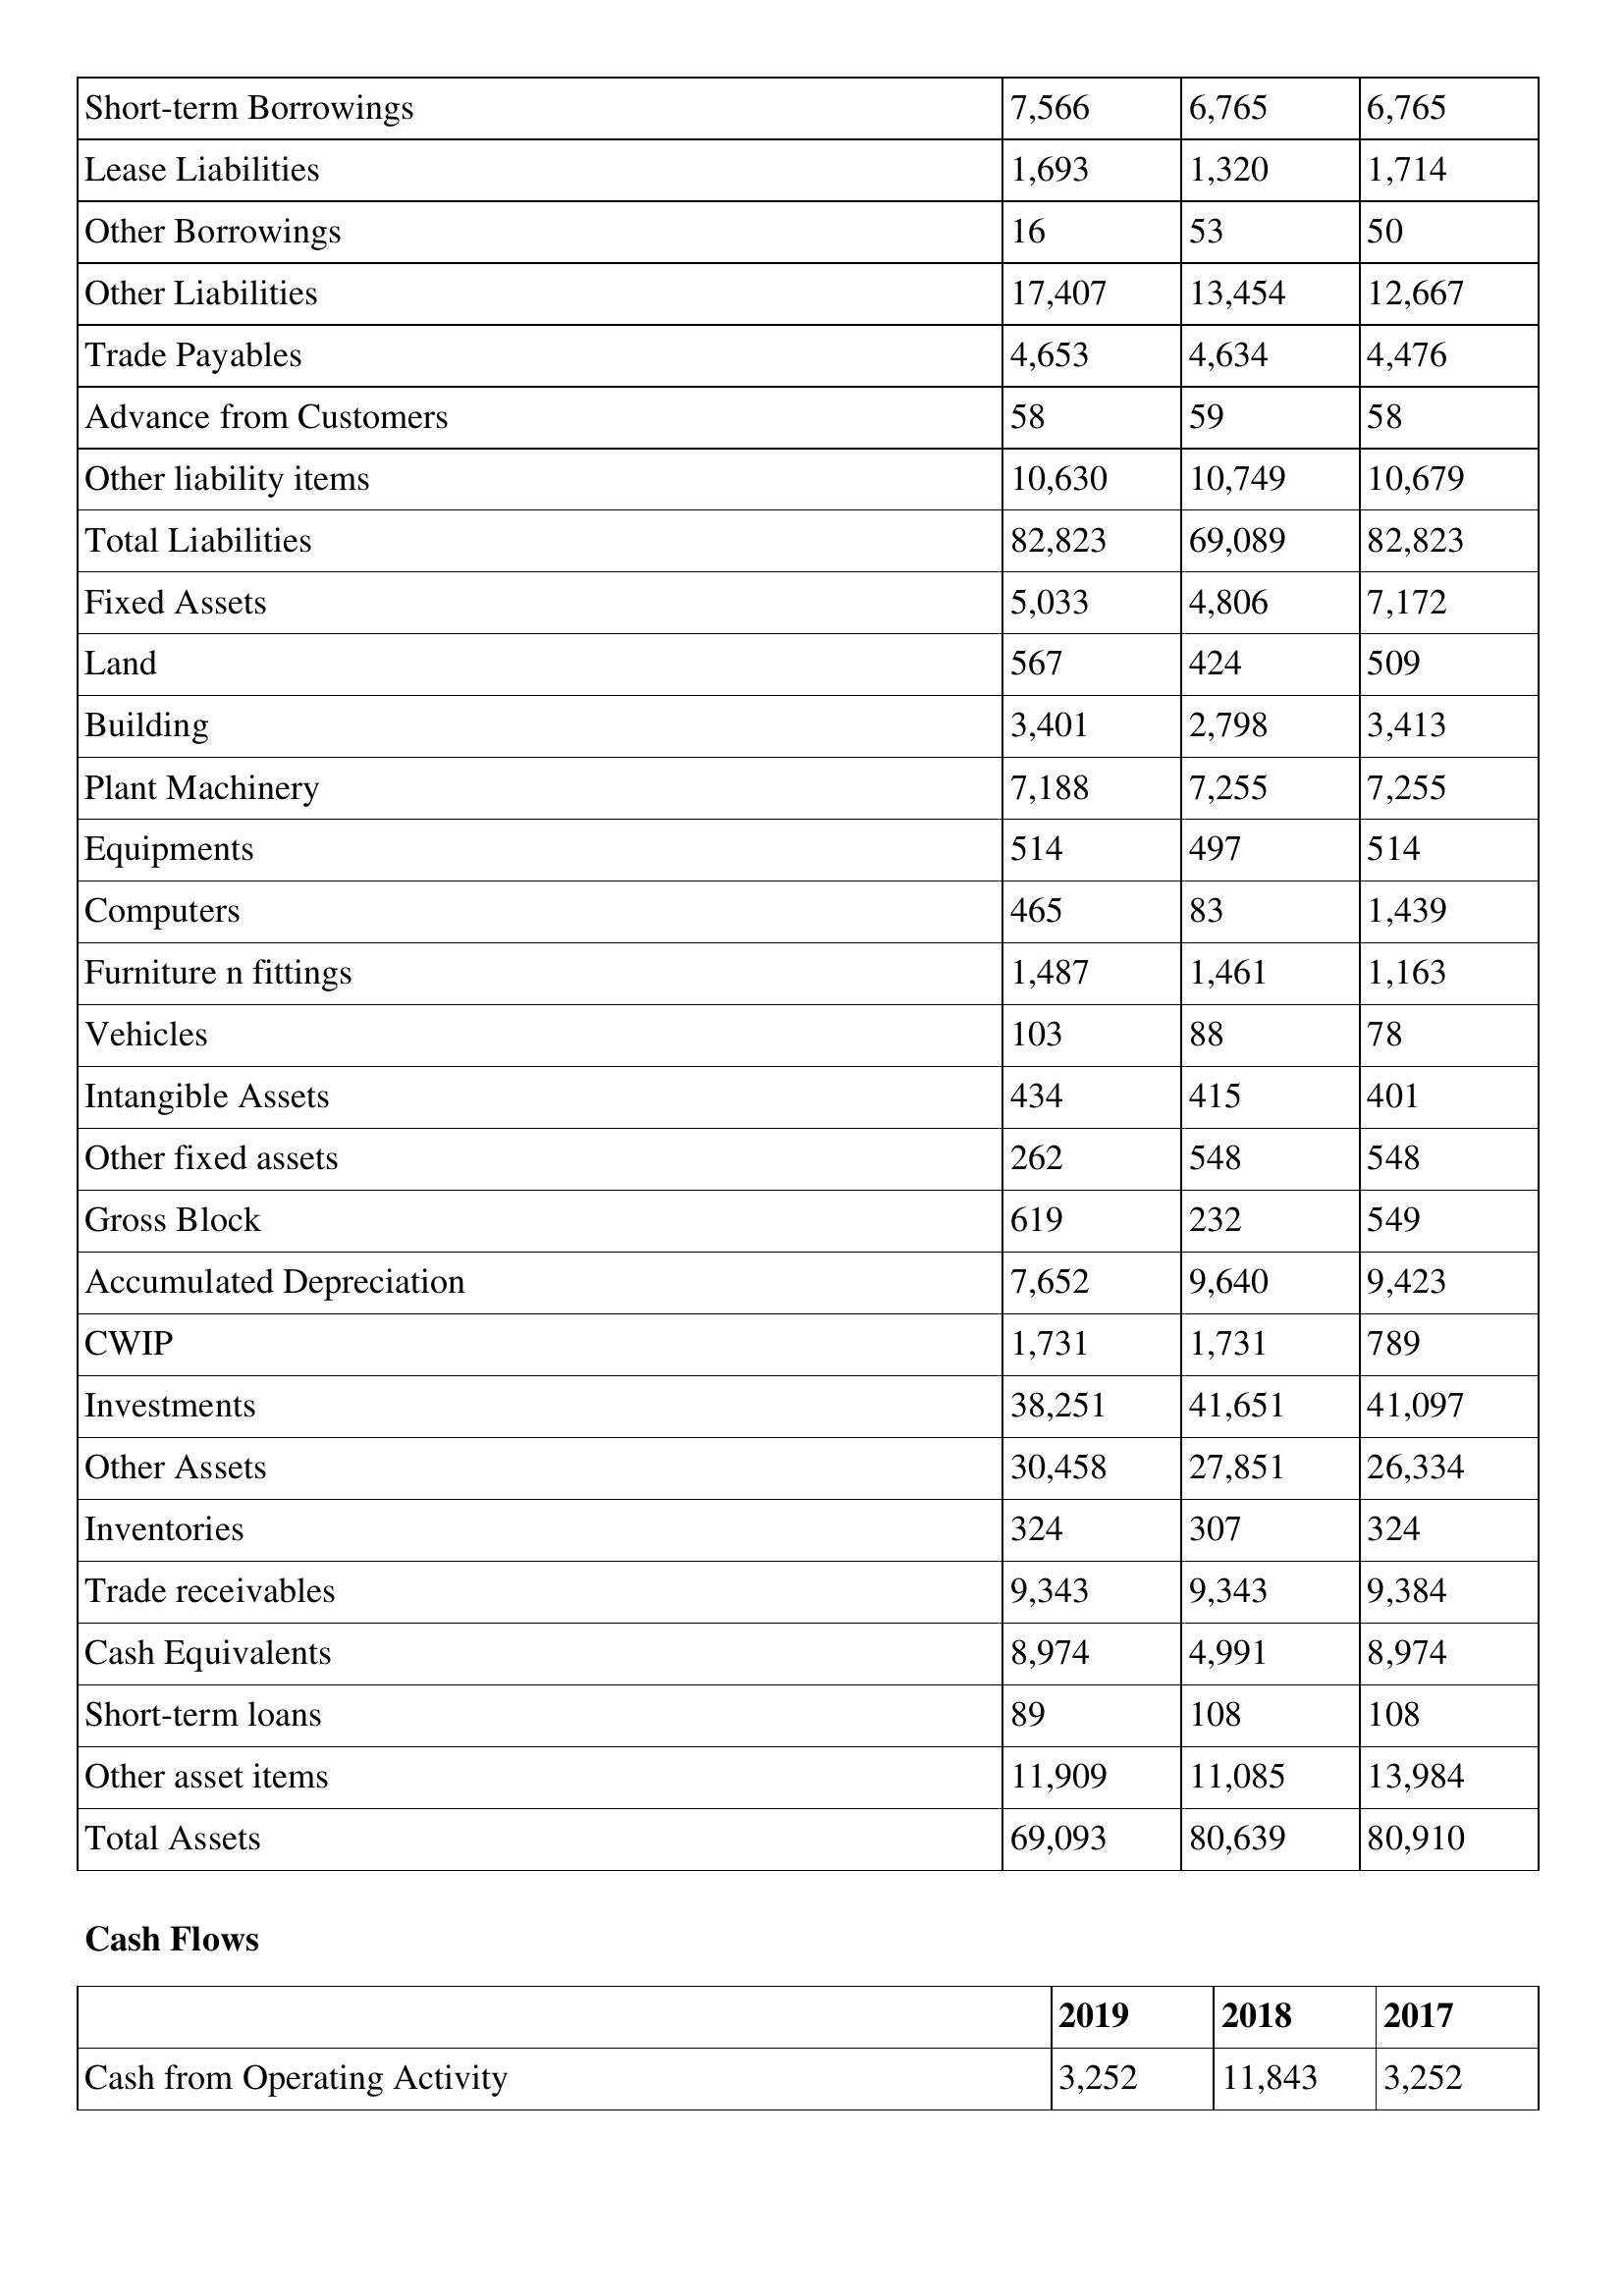
gt_parse: 2019: Balance Sheet: Short-term Borrowings: 7,566
Lease Liabilities: 1,693
Other Borrowings: 16
Other Liabilities: 17,407
Trade Payables: 4,653
Advance from Customers: 58
Other liability items: 10,630
Total Liabilities: 82,823
Fixed Assets: 5,033
Land: 567
Building: 3,401
Plant Machinery: 7,188
Equipments: 514
Computers: 465
Furniture n fittings: 1,487
Vehicles: 103
Intangible Assets: 434
Other fixed assets: 262
Gross Block: 619
Accumulated Depreciation: 7,652
CWIP: 1,731
Investments: 38,251
Other Assets: 30,458
Inventories: 324
Trade receivables: 9,343
Cash Equivalents: 8,974
Short-term loans: 89
Other asset items: 11,909
Total Assets: 69,093
Cash Flows: Cash from Operating Activity: 3,252
2018: Balance Sheet: Short-term Borrowings: 6,765
Lease Liabilities: 1,320
Other Borrowings: 53
Other Liabilities: 13,454
Trade Payables: 4,634
Advance from Customers: 59
Other liability items: 10,749
Total Liabilities: 69,089
Fixed Assets: 4,806
Land: 424
Building: 2,798
Plant Machinery: 7,255
Equipments: 497
Computers: 83
Furniture n fittings: 1,461
Vehicles: 88
Intangible Assets: 415
Other fixed assets: 548
Gross Block: 232
Accumulated Depreciation: 9,640
CWIP: 1,731
Investments: 41,651
Other Assets: 27,851
Inventories: 307
Trade receivables: 9,343
Cash Equivalents: 4,991
Short-term loans: 108
Other asset items: 11,085
Total Assets: 80,639
Cash Flows: Cash from Operating Activity: 11,843
2017: Balance Sheet: Short-term Borrowings: 6,765
Lease Liabilities: 1,714
Other Borrowings: 50
Other Liabilities: 12,667
Trade Payables: 4,476
Advance from Customers: 58
Other liability items: 10,679
Total Liabilities: 82,823
Fixed Assets: 7,172
Land: 509
Building: 3,413
Plant Machinery: 7,255
Equipments: 514
Computers: 1,439
Furniture n fittings: 1,163
Vehicles: 78
Intangible Assets: 401
Other fixed assets: 548
Gross Block: 549
Accumulated Depreciation: 9,423
CWIP: 789
Investments: 41,097
Other Assets: 26,334
Inventories: 324
Trade receivables: 9,384
Cash Equivalents: 8,974
Short-term loans: 108
Other asset items: 13,984
Total Assets: 80,910
Cash Flows: Cash from Operating Activity: 3,252